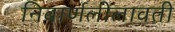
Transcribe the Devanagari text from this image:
निवार्णलीलावती